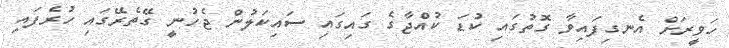
ހަވީރަށް އެނގިފައިވާ ގޮތުގައި ކުޑަ ކުއްޖާގެ ގައިގައި ސައިކަލުން ޖެހުނީ ގޭތެރޭގައި ހުރެފައި